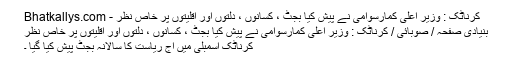
کرناٹک : وزیر اعلی کمارسوامی نے پیش کیا بجٹ ، کسانوں ، دلتوں اور اقلیتوں پر خاص نظر - Bhatkallys.com
بنیادی صفحہ / صوبائی / کرناٹک : وزیر اعلی کمارسوامی نے پیش کیا بجٹ ، کسانوں ، دلتوں اور اقلیتوں پر خاص نظر
کرناٹک اسمبلی میں آج ریاست کا سالانہ بجٹ پیش کیا گیا ۔